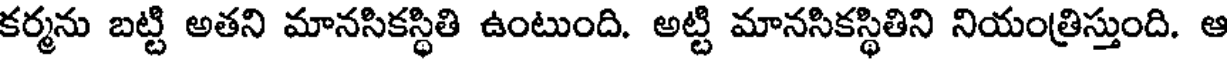
కర్మను బట్టి అతని మానసికస్థితి ఉంటుంది. అట్టి మానసికస్థితిని నియంత్రిస్తుంది. ఆ